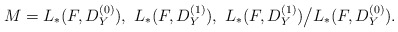
\begin{align*}M=L_{\ast}(F,D_Y^{(0)}),\,\,L_{\ast}(F,D_Y^{(1)}),\,\,L_{\ast}(F,D_Y^{(1)}) \big/L_{\ast}(F,D_Y^{(0)}).\end{align*}